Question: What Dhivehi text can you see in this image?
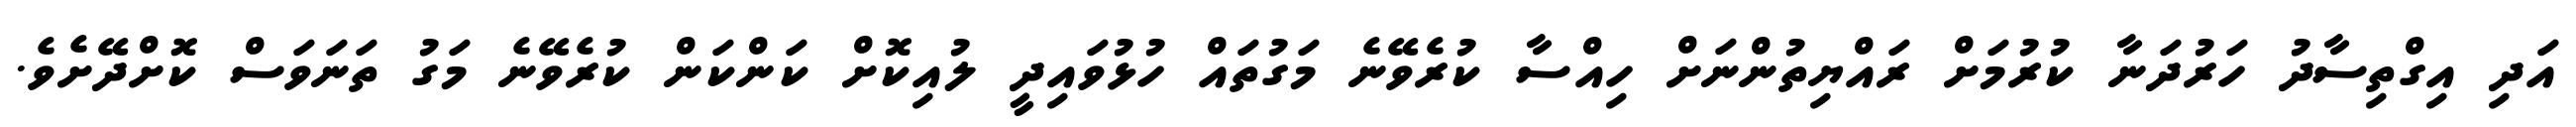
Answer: އަދި އިގްތިސާދު ހަރުދަނާ ކުރުމަށް ރައްޔިތުންނަށް ހިއްސާ ކުރެވޭނެ މަގުތައް ހުޅުވައިދީ ލުއިކޮށް ކަންކަން ކުރެވޭނެ މަގު ތަނަވަސް ކޮށްދޭށެވެ.